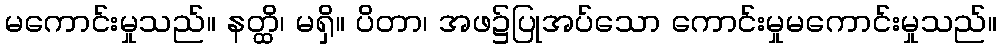
မကောင်းမှုသည်။ နတ္ထိ၊ မရှိ။ ပိတာ၊ အဖ၌ပြုအပ်သော ကောင်းမှုမကောင်းမှုသည်။